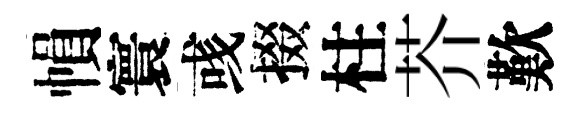
𢄙寰彧掇柱芥歎